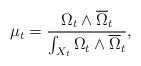
LaTeX: \begin{align*}\mu_t= \frac{ \Omega_t\wedge \overline{\Omega}_t }{ \int_{X_t} \Omega_t\wedge \overline{\Omega}_t } ,\end{align*}